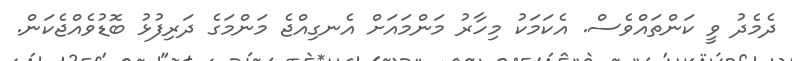
ދެމެދު ވީ ކަންތައްވެސް. އެކަމަކު މިހާރު މަންމައަށް އެނގިއްޖެ މަންމަގެ ދަރިފުޅު ބޮޑުވެއްޖެކަން.